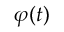
\boldsymbol { \varphi } ( t )